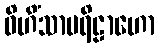
ဝိဟိံသာပရိဠာဟော